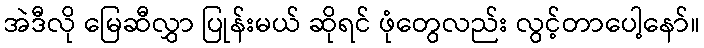
အဲဒီလို မြေဆီလွှာ ပြုန်းမယ် ဆိုရင် ဖုံတွေလည်း လွင့်တာပေါ့နော်။